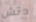
دتش